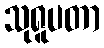
သုရူပတာ